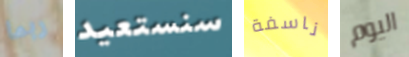
ربما سنستعيد ناسفة اليوم